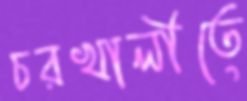
চরখালীতে